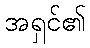
အရှင်၏